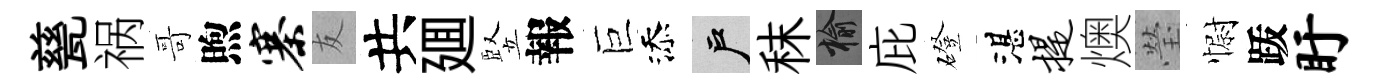
甆祸哥煦寨友共廽竪報巨添户秣榆庇磴湛提燠瑩𢠢䟦盱